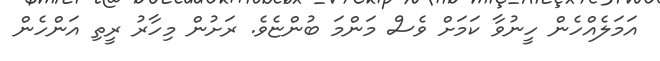
އަމަލެއްހެން ހީނުވާ ކަމަށް ވެސް މަންމަ ބުންޏެވެ. ރަށުން މިހާރު ރީތި އަންހެން